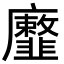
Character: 𢌐